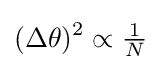
(\Delta \theta )^{2}\propto {\tfrac {1}{N}}